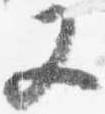
又